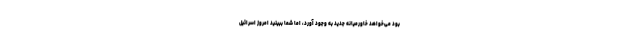
بود می‌خواهد خاورمیانه جدید به وجود آورد، اما شما ببینید امروز اسرائیل